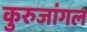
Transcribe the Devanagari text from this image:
कुरुजांगल